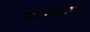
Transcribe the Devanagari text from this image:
पोगळणें